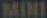
MINI